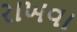
રાખવા